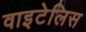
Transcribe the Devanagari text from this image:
वाइटेलिस